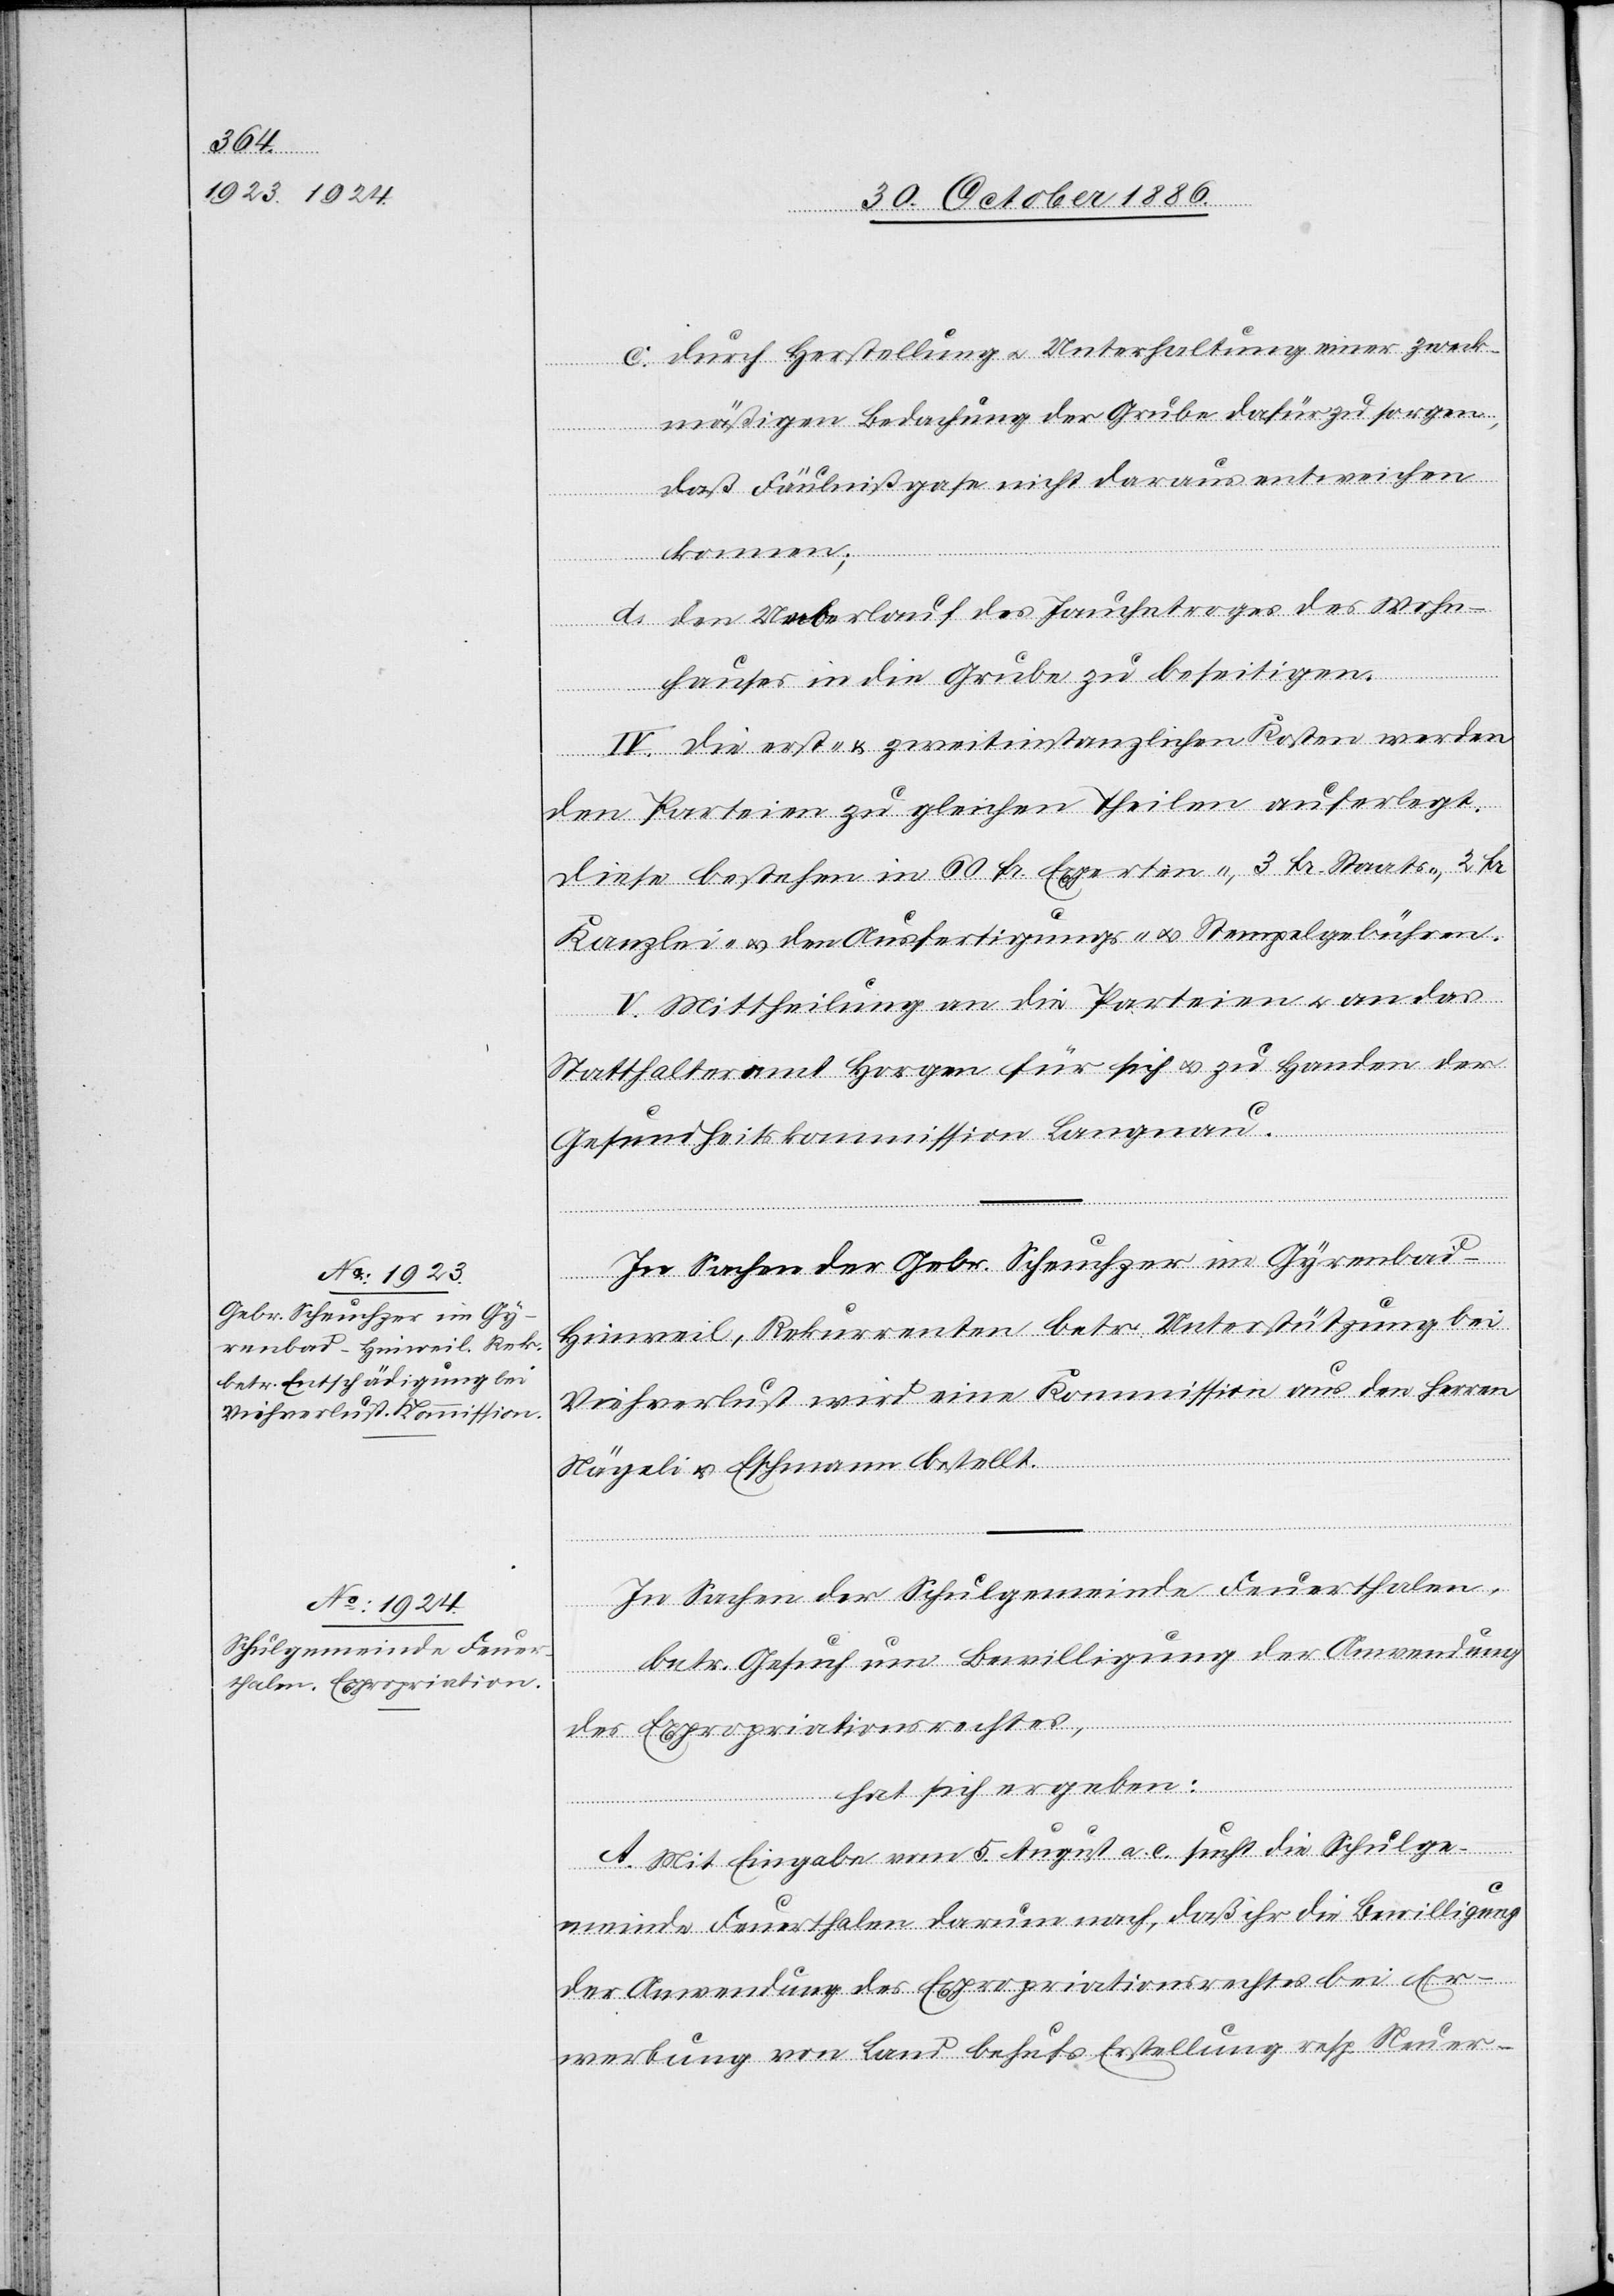
c. durch Herstellung & Unterhaltung einer zweck¬
mäßigen Bedachung der Grube dafür zu sorgen,
daß Fäulnißgase nicht daraus entweichen
konnen
d. den Ueberlauf des Jauchetroges des Wohn¬
hauses in die Grube zu beseitigen.
IV. Die erst- & zweitinstanzlichen Kosten werden
den Parteien zu gleichen Theilen auferlegt.
Diese bestehen in 60 Fr. Experten-, 3 Fr. Staats-, 2 Fr.
Kanzlei- & den Ausfertigungs- & Stempelgebühren.
V. Mittheilung an die Parteien & an das
Statthalteramt Horgen für sich & zu Handen der
Gesundheitskommission Langnau.
In Sachen der Gebr. Scheuchzer im Gyrenbad
Hinweil, Rekurrenten betr. Unterstützung bei
Viehverlust wird eine Kommission aus den Herren
Nägeli & Eschmann bestellt.
In Sachen der Schulgemeinde Feuerthalen,
betr. Gesuch um Bewilligung der Anwendung
des Expropriationsrechtes,
hat sich ergeben:
A. Mit Eingabe vom 5. August a. c. sucht die Schulge¬
meinde Feuerthalen darum nach, daß ihr die Bewilligung
der Anwendung des Expropriationsrechtes bei Er¬
werbung von Land behufs Erstellung resp. Neuer-